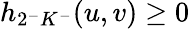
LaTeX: h_{2^{-}K^{-}}(u,v)\geq 0